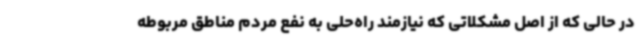
در حالی که از اصل مشکلاتی که نیازمند راه‌حلی به نفع مردم مناطق مربوطه